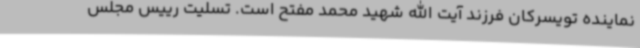
نماینده تویسرکان فرزند آیت الله شهید محمد مفتح است. تسلیت رییس مجلس